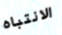
الانتباه